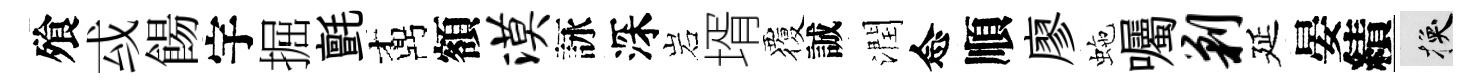
飱㦯餳宇掘氈鼒額漠詠深岩壻覆誠潤念順廖虵囑剿延晏績换